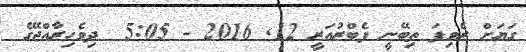
ގަޔަށް ރެވިފަ ތިބޭނީ ފެބްރުއަރީ 12